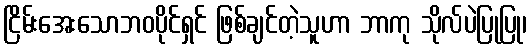
ငြိမ်းအေးသောဘဝပိုင်ရှင် ဖြစ်ချင်တဲ့သူဟာ ဘာကု သိုလ်ပဲပြုပြု၊